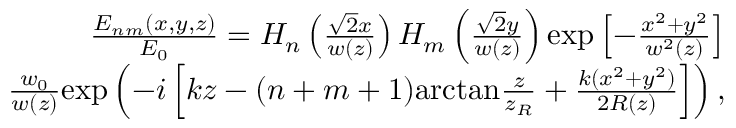
\begin{array} { r } { \frac { E _ { n m } ( x , y , z ) } { E _ { 0 } } = H _ { n } \left( \frac { \sqrt { 2 } x } { w ( z ) } \right) H _ { m } \left( \frac { \sqrt { 2 } y } { w ( z ) } \right) \mathrm { e x p } \left[ - \frac { x ^ { 2 } + y ^ { 2 } } { w ^ { 2 } ( z ) } \right] } \\ { \frac { w _ { 0 } } { w ( z ) } \mathrm { e x p } \left( - i \left[ k z - ( n + m + 1 ) \mathrm { a r c t a n } \frac { z } { z _ { R } } + \frac { k ( x ^ { 2 } + y ^ { 2 } ) } { 2 R ( z ) } \right] \right) , } \end{array}